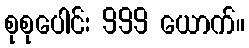
စုစုပေါင်း 999 ယောက်။